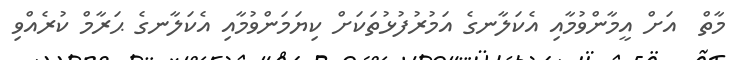
މާތް  އަށް އީމާންވުމާއި އެކަލާނގެ އަމުރުފުޅުތަކަށް ކިޔަމަންވުމާއި އެކަލާނގެ ޙަރާމް ކުރެއްވި